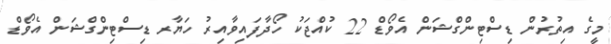
މީގެ އިތުރުން ޑިސްޓިންގްޝަން އެވޯޑް 22 ކުއްޖަކު ހޯދާފައިވާއިރު ހަޔާރ ޑިސްޓިންގްޝަން އެވޯޑް